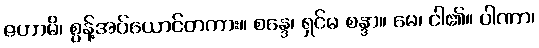
ဇဟာမိ၊ စွန့်အပ်ယောင်တကား။ စန္ဒေ၊ ရှင်မ စန္ဒာ။ မေ၊ ငါ၏။ ပါဏာ၊